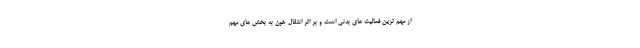
از مهم ترین فعالیت های بدنی است و بر اثر انتقال خون به بخش های مهم